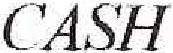
CASH